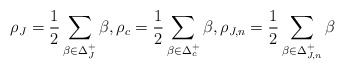
\begin{align*}\rho_{J}=\frac{1}{2}\sum_{\beta\in \Delta^+_J}\beta,\rho_c=\frac{1}{2}\sum_{\beta\in \Delta^+_c}\beta,\rho_{J,n}=\frac{1}{2}\sum_{\beta\in \Delta^+_{J,n}}\beta\end{align*}